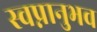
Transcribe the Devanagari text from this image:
स्वप्नानुभव